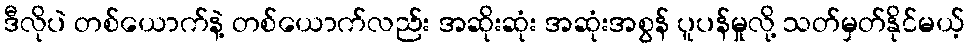
ဒီလိုပဲ တစ်ယောက်နဲ့ တစ်ယောက်လည်း အဆိုးဆုံး အဆုံးအစွန် ပူပန်မှုလို့ သတ်မှတ်နိုင်မယ့်